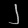
Digit: ၂